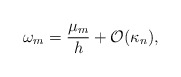
\begin{align*}\omega_{m} = \frac{\mu_m}{h} + \mathcal{O}(\kappa_n),\end{align*}